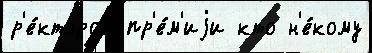
р'е́ктором пр'е́м'иjи кто н'е́кому